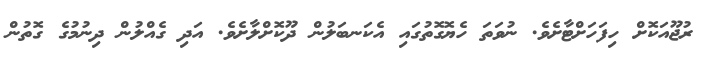
ރުޖޫއަކޮށް ހިފަހަށްޓާށެވެ. ނުވަތަ ހެޔޮގޮތުގައި އެކަނބަލުން ދޫކޮށްލާށެވެ. އަދި ގެއްލުން ދިނުމުގެ ގޮތުން